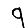
Digit: 9